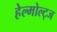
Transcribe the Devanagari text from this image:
हेल्मोल्ट्ज